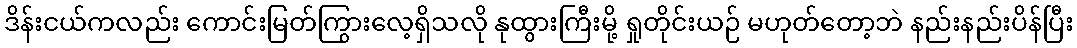
ဒိန်းငယ်ကလည်း ကောင်းမြတ်ကြွားလေ့ရှိသလို နုထွားကြီးမို့ ရှုတိုင်းယဉ် မဟုတ်တော့ဘဲ နည်းနည်းပိန်ပြီး